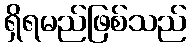
ရှိရမည်ဖြစ်သည်